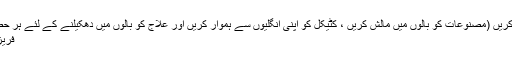
Sealock® تکنیک کا استعمال کرکے مساج کریں (مصنوعات کو بالوں میں مالش کریں ، کٹیکل کو اپنی انگلیوں سے ہموار کریں اور علاج کو بالوں میں دھکیلنے کے لئے ہر حصے کو گھما دیں)
فریزر سے تھرمل بورڈز کو ہٹا دیں۔